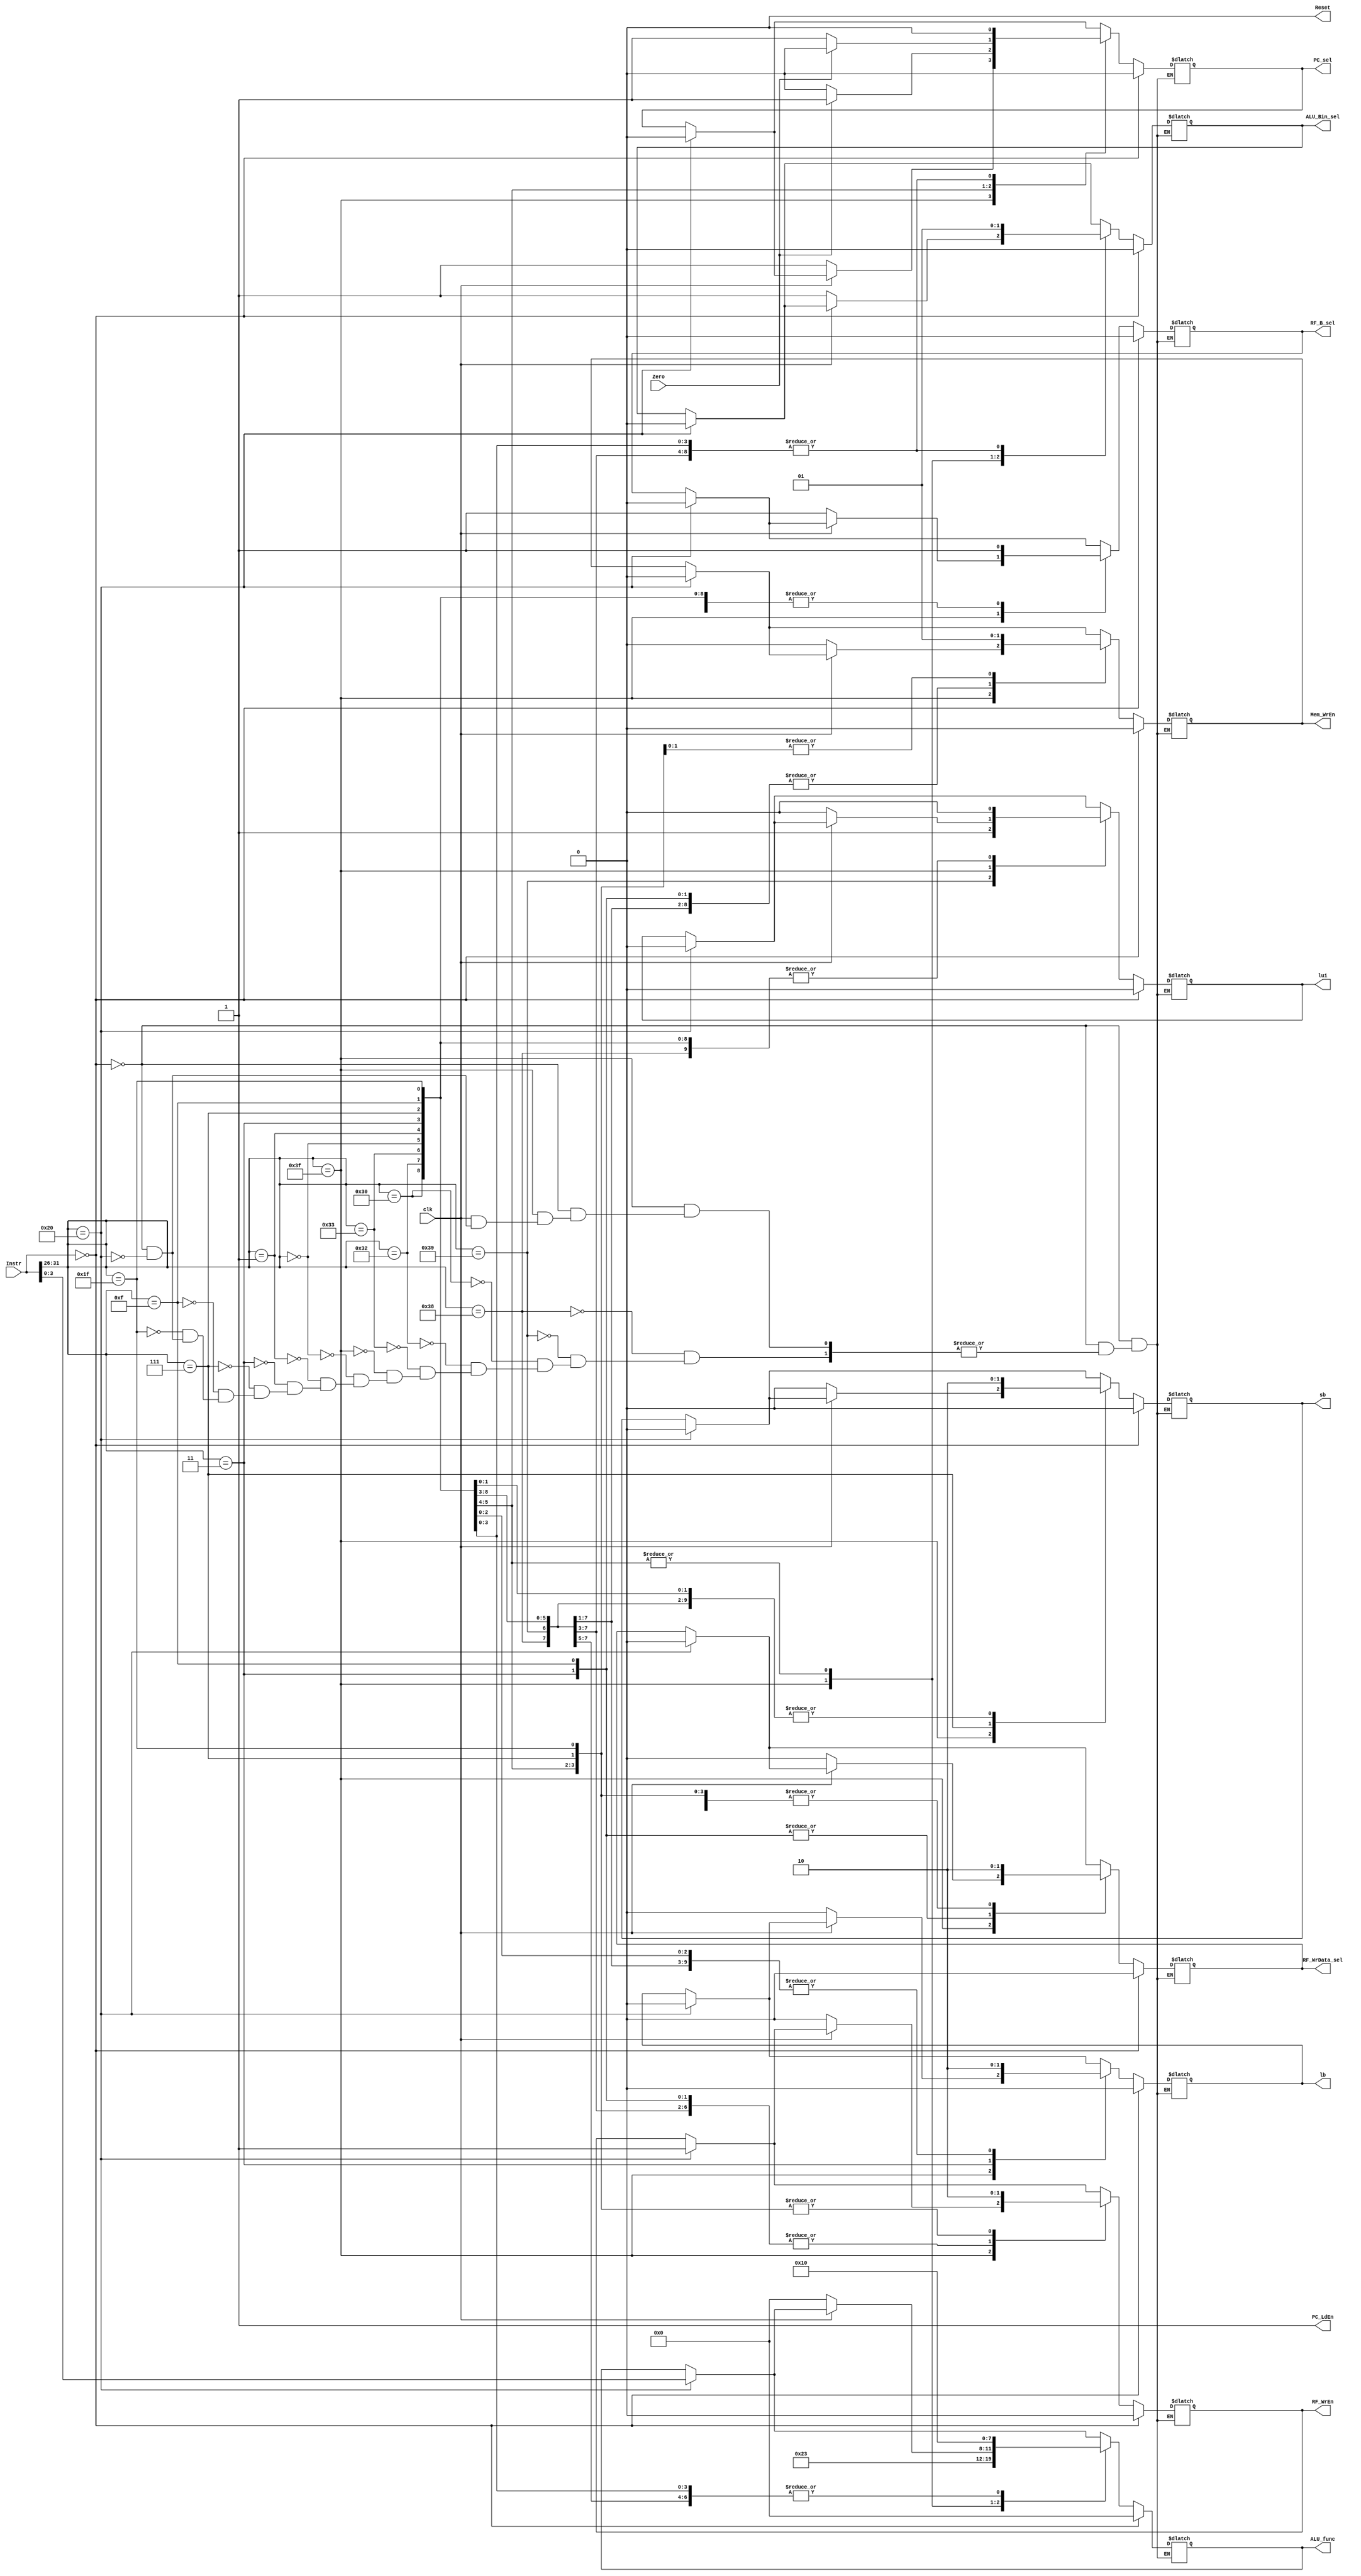
`timescale 1ns / 1ps
//////////////////////////////////////////////////////////////////////////////////
// Company: 
// Engineer: 
// 
// Design Name: 
// Module Name:    CONTROL 
// Project Name: 
// Target Devices: 
// Tool versions: 
// Description: 
//
// Dependencies: 
//
// Revision: 
// Revision 0.01 - File Created
// Additional Comments: 
//
//////////////////////////////////////////////////////////////////////////////////
module CONTROL(
	input [31:0] Instr,
	input Zero,
	input clk,
	output reg PC_sel,
	output reg PC_LdEn,
	output reg Reset,
	output reg RF_WrEn,
	output reg RF_WrData_sel,
	output reg RF_B_sel,
	output reg ALU_Bin_sel,
	output reg [3:0] ALU_func,
	output reg Mem_WrEn,
	output reg lui,
	output reg lb,
	output reg sb
    );
	 
	 initial begin
		PC_sel = 0;
		PC_LdEn = 1;
		Reset = 0;
		RF_WrEn = 0;
		RF_WrData_sel = 0;
		RF_B_sel = 0;
		ALU_Bin_sel = 0;
		ALU_func = 0;
		Mem_WrEn = 0;
		lui = 0;
		lb = 0;
		sb = 0;
	 end
	 
	 always @(Instr, Zero) begin
	
		//Nop
		if (Instr == 0) begin
			PC_sel = 0;
			RF_WrEn = 0;
			RF_WrData_sel = 0;
			RF_B_sel = 0;
			ALU_Bin_sel = 0;
			ALU_func = 0;
			Mem_WrEn = 0;
			lui = 0;
			lb = 0;
			sb = 0;
		end
		
		else begin
		
		//Non-immediate instructions
		if (Instr[31:26] == 6'b100000) begin
			PC_sel = 0;
			RF_WrEn = 1;
			RF_WrData_sel = 0;
			RF_B_sel = 0;
			ALU_Bin_sel = 0;
			ALU_func = Instr[3:0];
			Mem_WrEn = 0;
			lui = 0;
			lb = 0;
			sb = 0;
		end
		
		//Immediate instructions
		case(Instr[31:26])
		
			6'b111000: begin //li
				PC_sel = 0;
				RF_WrEn = 1;
				RF_WrData_sel = 0;
				RF_B_sel = 1;
				ALU_Bin_sel = 1;
				ALU_func = 0;
				Mem_WrEn = 0;
				lui = 0;
				lb = 0;
				sb = 0;
			end
			
			6'b111001: begin //lui
				PC_sel = 0;
				RF_WrEn = 1;
				RF_WrData_sel = 0;
				RF_B_sel = 1;
				ALU_Bin_sel = 1;
				ALU_func = 0;
				Mem_WrEn = 0;
				lui = 1;
				lb = 0;
				sb = 0;
			end
			
			6'b110000: begin //addi
				PC_sel = 0;
				RF_WrEn = 1;
				RF_WrData_sel = 0;
				RF_B_sel = 1;
				ALU_Bin_sel = 1;
				ALU_func = 0;
				Mem_WrEn = 0;
				lui = 0;
				lb = 0;
				sb = 0;
			end
			
			6'b110010: begin //andi
				PC_sel = 0;
				RF_WrEn = 1;
				RF_WrData_sel = 0;
				RF_B_sel = 1;
				ALU_Bin_sel = 1;
				ALU_func = 4'b0010;
				Mem_WrEn = 0;
				lui = 0;
				lb = 0;
				sb = 0;
			end
			
			6'b110011: begin //ori
				PC_sel = 0;
				RF_WrEn = 1;
				RF_WrData_sel = 0;
				RF_B_sel = 1;
				ALU_Bin_sel = 1;
				ALU_func = 4'b0011;
				Mem_WrEn = 0;
				lui = 0;
				lb = 0;
				sb = 0;
			end
			
			6'b111111: begin //b
			if (clk==0) begin
				PC_sel = 1;
				RF_WrEn = 0;
				RF_WrData_sel = 0;
				RF_B_sel = 1;
				ALU_Bin_sel = 1;
				ALU_func = 0;
				Mem_WrEn = 0;
				lui = 0;
				lb = 0;
				sb = 0;
			end
				
			end
			
			6'b000000: begin //beq
				RF_WrEn = 0;
				RF_WrData_sel = 0;
				RF_B_sel = 1;
				ALU_Bin_sel = 0;
				ALU_func = 4'b0001;
				Mem_WrEn = 0;
				lui = 0;
				lb = 0;
				sb = 0;
				
				if(Zero) PC_sel = 1;
				else PC_sel = 0;
			end
			
			6'b000001: begin //bne
				RF_WrEn = 0;
				RF_WrData_sel = 0;
				RF_B_sel = 1;
				ALU_Bin_sel = 0;
				ALU_func = 4'b0001;
				Mem_WrEn = 0;
				lui = 0;
				lb = 0;
				sb = 0;
				
				if(!Zero) PC_sel = 1;
				else PC_sel = 0;
			end
			
			6'b000011: begin //lb
				PC_sel = 0;
				lb = 1;
				RF_WrData_sel = 1;
				RF_B_sel = 1;
				ALU_Bin_sel = 1;
				ALU_func = 0;
				Mem_WrEn = 0;
				lui = 0;
				sb = 0;
				RF_WrEn = 1;
			end
			
			6'b000111: begin //sb
				PC_sel = 0;
				RF_WrEn = 0;
				RF_WrData_sel = 0;
				RF_B_sel = 1;
				ALU_Bin_sel = 1;
				ALU_func = 0;
				Mem_WrEn = 1;
				lui = 0;
				lb = 0;
				sb = 1;
			end
			
			6'b001111: begin //lw
				PC_sel = 0;
				RF_WrEn = 1;
				RF_WrData_sel = 1;
				RF_B_sel = 1;
				ALU_Bin_sel = 1;
				ALU_func = 0;
				Mem_WrEn = 0;
				lui = 0;
				lb = 0;
				sb = 0;
			end
			
			6'b011111: begin //sw
				PC_sel = 0;
				RF_WrEn = 0;
				RF_WrData_sel = 0;
				RF_B_sel = 1;
				ALU_Bin_sel = 1;
				ALU_func = 0;
				Mem_WrEn = 1;
				lui = 0;
				lb = 0;
				sb = 0;
			end
			
		endcase
		
		//$display("Instr = %b", Instr);
		//$display("PC_sel = %b, PC_LdEn = %b, RF_WrEn = %b, RF_WrData_sel = %b, RF_B_sel = %b", PC_sel, PC_LdEn, RF_WrEn, RF_WrData_sel, RF_B_sel);
		//$display("ALU_Bin_sel = %b, ALU_func = %b, Mem_WrEn = %b, lui = %b, lb = %b, sb = %b", ALU_Bin_sel, ALU_func, Mem_WrEn, lui, lb, sb);
		end
	end



endmodule